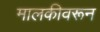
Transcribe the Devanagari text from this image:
मालकीवरून